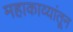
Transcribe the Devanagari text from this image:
महाकाव्यांतून